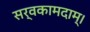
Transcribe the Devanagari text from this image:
सर्वकामदाम्‌।